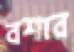
বশার